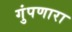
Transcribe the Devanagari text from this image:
गुंपणारा